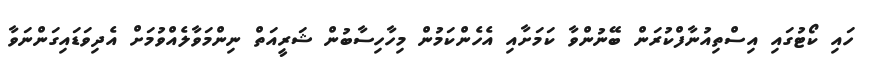
ހައި ކޯޓުގައި އިސްތިއުނާފްކުރަން ބޭނުންވާ ކަމަށާއި އެހެންކަމުން މިހާހިސާބުން ޝަރީއަތް ނިންމަވާލެއްވުމަށް އެދިވަޑައިގަންނަވާ